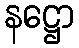
နဋ္ဌော